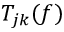
T _ { j k } ( f )